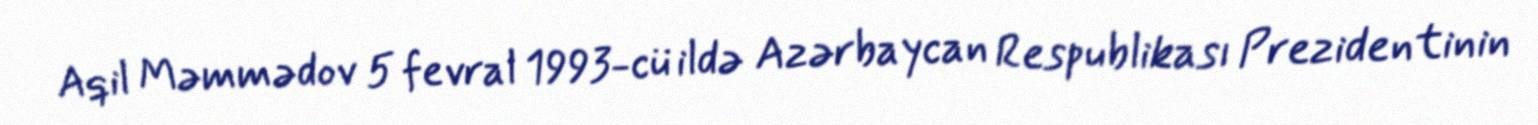
Aqil Məmmədov 5 fevral 1993-cü ildə Azərbaycan Respublikası Prezidentinin